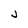
Character: j